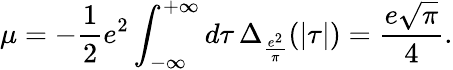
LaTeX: \mu=-\frac{1}{2}e^{2}\int_{-\infty}^{+\infty}d\tau\, \Delta_{\frac{e^{2}}{\pi}}(|\tau|)=\frac{e\sqrt{\pi}}{4}.